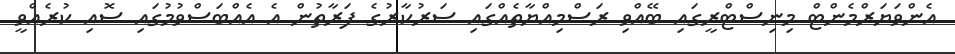
އެންވަޔަރްމެންޓް މިނިސްޓްރީގައި ބޭއްވި ރަސްމިއްޔާތެއްގައި ސަރުކާރުގެ ފަރާތުން އެ އެއްބަސްވުމުގައި ސޮއި ކުރެއްވީ